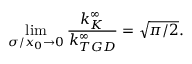
\operatorname* { l i m } _ { \sigma / x _ { 0 } \to 0 } \frac { k _ { K } ^ { \infty } } { k _ { T G D } ^ { \infty } } = \sqrt { \pi / 2 } .